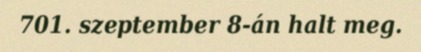
701. szeptember 8-án halt meg.